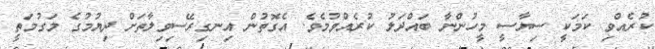
ކުރެއްވި ކަމަކީ ސިޔާސީ މީހުންނާ ބައްދަލު ކުރެއްވުމެވެ. އެގޮތުން އިނގިރޭސިވިލާތަށް ދިޔުމުގެ މަގުމަތީ